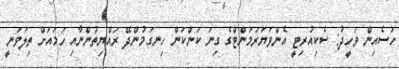
ހުސެއިން ވަހީދު: ސެކިއުރިޓީ އެންވަޔަރަމަންޓްގެ ގިނަ ކަންކަން ހިނގަމުންދޭ ރައްޔިތުންނާއި ހަމައަށް ތިލަވަނީ